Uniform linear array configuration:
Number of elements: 12
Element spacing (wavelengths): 1
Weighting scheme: blackman
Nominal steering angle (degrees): -15
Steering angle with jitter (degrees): -14.437
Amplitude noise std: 0.05
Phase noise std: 0.05

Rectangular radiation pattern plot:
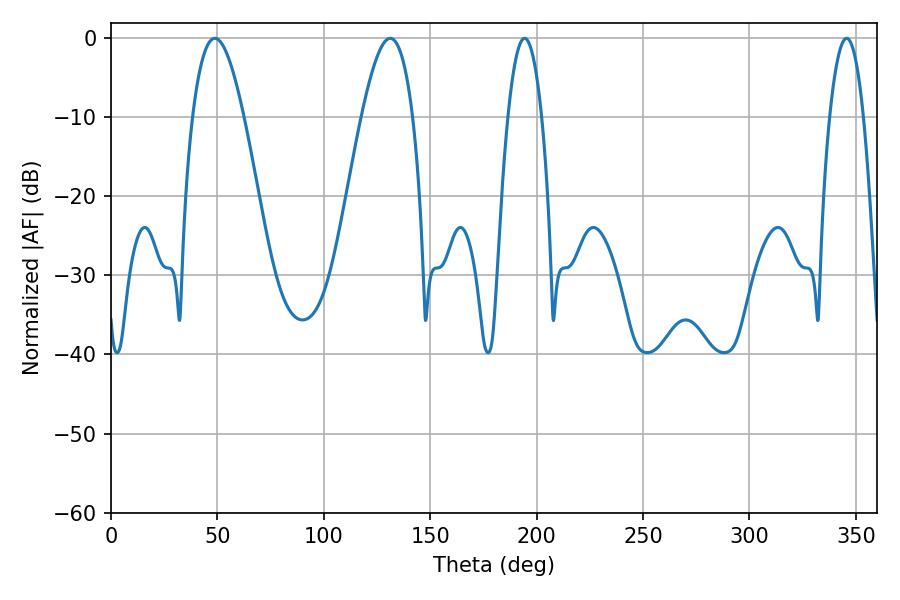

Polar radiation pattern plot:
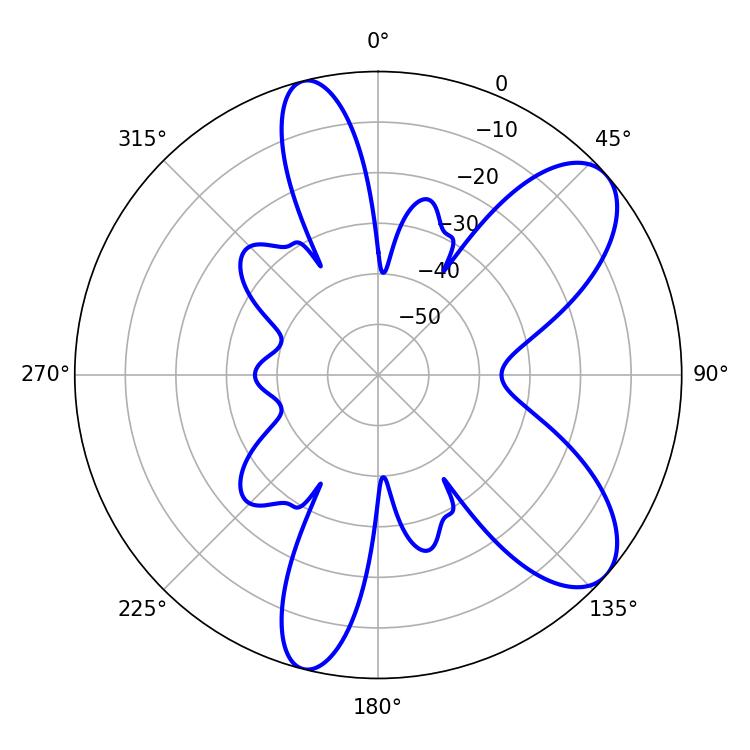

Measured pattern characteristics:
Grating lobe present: TRUE
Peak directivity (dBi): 8.336
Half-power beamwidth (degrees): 13.14
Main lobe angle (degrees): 48.78